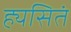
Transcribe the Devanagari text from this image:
ह्यसितं